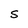
Character: S